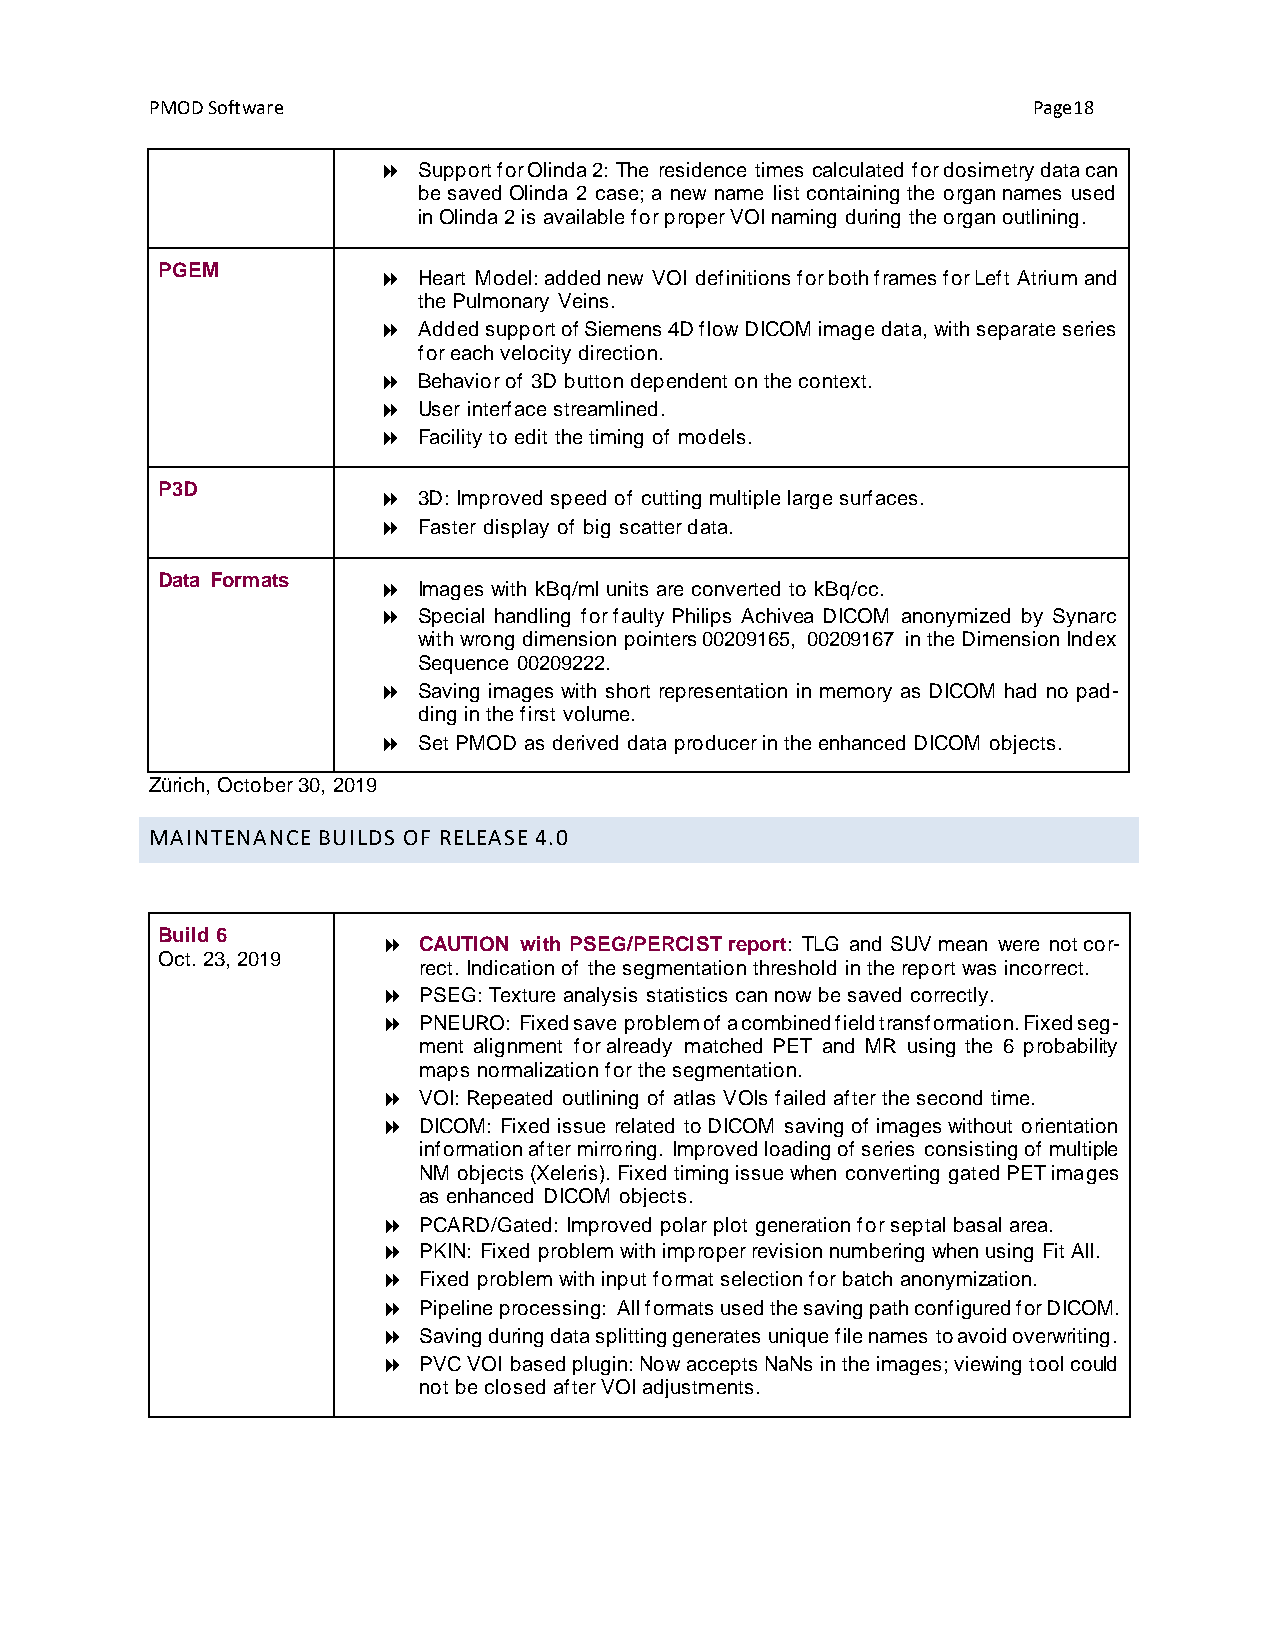
PMOD Software                                             Page18
   Support for Olinda 2: The residence times calculated for dosimetry data can
 be saved Olinda 2 case; a new name list containing the organ names used
 in Olinda 2 is available for proper VOI naming during the organ outlining.
 PGEM
   Heart Model: added new VOI definitions for both frames for Left Atrium and
 the Pulmonary Veins.
   Added support of Siemens 4D flow DICOM image data, with separate series
 for each velocity direction.
   Behavior of 3D button dependent on the context.
   User interface streamlined.
   Facility to edit the timing of models.
 P3D
   3D: Improved speed of cutting multiple large surfaces.
   Faster display of big scatter data.
 Data Formats
   Images with kBq/ml units are converted to kBq/cc.
   Special handling for faulty Philips Achivea DICOM anonymized by Synarc
 with wrong dimension pointers 00209165, 00209167 in the Dimension Index
 Sequence 00209222.
   Saving images with short representation in memory as DICOM had no pad-
 ding in the first volume.
   Set PMOD as derived data producer in the enhanced DICOM objects.
 Zürich, October 30, 2019
 MAINTENANCE BUILDS OF RELEASE 4.0
 Build 6
   CAUTION with PSEG/PERCIST report: TLG and SUV mean were not cor-
 Oct. 23, 2019
 rect. Indication of the segmentation threshold in the report was incorrect.
   PSEG: Texture analysis statistics can now be saved correctly.
   PNEURO: Fixed save problem of a combined field transformation. Fixed seg-
 ment alignment for already matched PET and MR using the 6 probability
 maps normalization for the segmentation.
   VOI: Repeated outlining of atlas VOIs failed after the second time.
   DICOM: Fixed issue related to DICOM saving of images without orientation
 information after mirroring. Improved loading of series consisting of multiple
 NM objects (Xeleris). Fixed timing issue when converting gated PET images
 as enhanced DICOM objects.
   PCARD/Gated: Improved polar plot generation for septal basal area.
   PKIN: Fixed problem with improper revision numbering when using Fit All.
   Fixed problem with input format selection for batch anonymization.
   Pipeline processing: All formats used the saving path configured for DICOM.
   Saving during data splitting generates unique file names to avoid overwriting.
   PVC VOI based plugin: Now accepts NaNs in the images; viewing tool could
 not be closed after VOI adjustments.